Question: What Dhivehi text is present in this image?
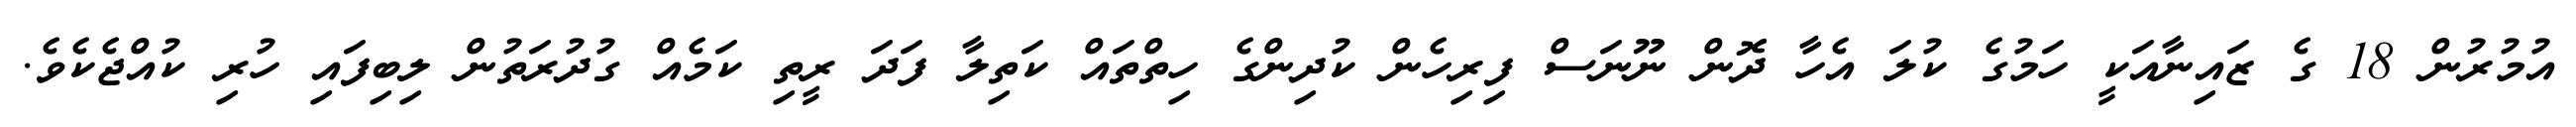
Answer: އުމުރުން 18 ގެ ޒައިނާއަކީ ހަމުގެ ކުލަ އެހާ ދޮން ނޫނަސް ފިރިހެން ކުދިންގެ ހިތްތައް ކަތިލާ ފަދަ ރީތި ކަމެއް ގުދުރަތުން ލިބިފައި ހުރި ކުއްޖެކެވެ.